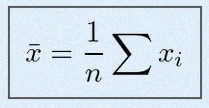
\bar{x}=\frac1n\sum x_i